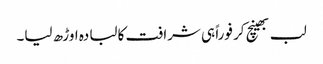
لب بھینچ کر فوراً ہی شرافت کا لبادہ اوڑھ لیا۔